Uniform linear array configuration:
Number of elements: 48
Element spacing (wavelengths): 1
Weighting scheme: exponential
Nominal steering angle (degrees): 60
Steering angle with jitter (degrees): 60.701
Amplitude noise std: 0.05
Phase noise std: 0.05

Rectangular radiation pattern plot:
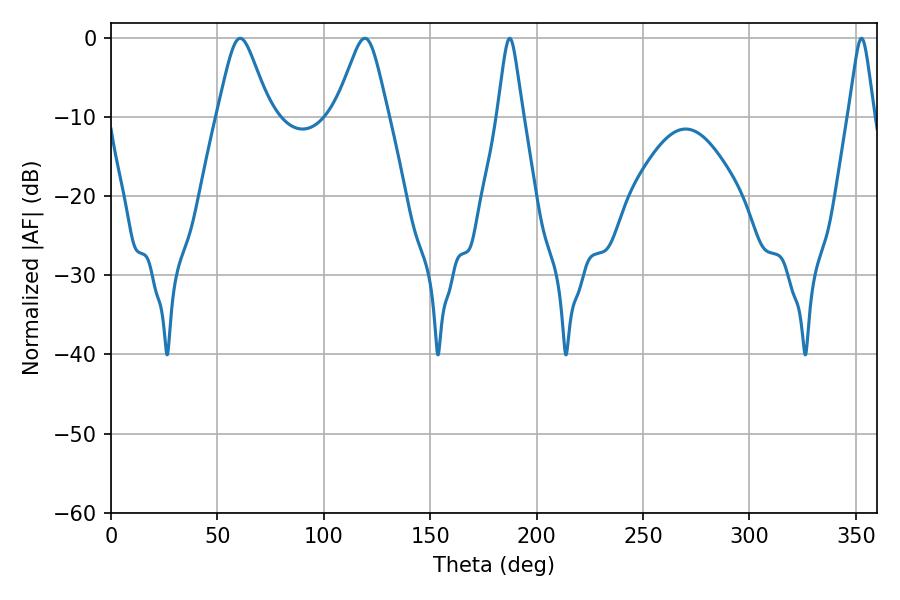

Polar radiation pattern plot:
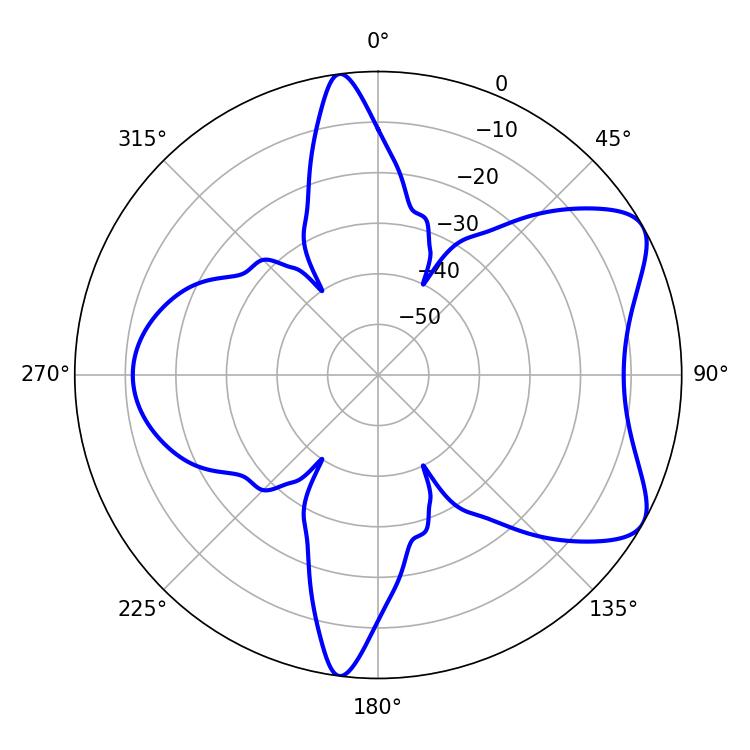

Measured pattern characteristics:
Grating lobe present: TRUE
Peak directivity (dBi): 7.022
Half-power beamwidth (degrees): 11.88
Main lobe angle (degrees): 60.66